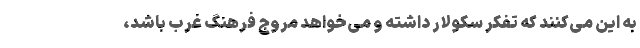
به این می‌کنند که تفکر سکولار داشته و می‌خواهد مروج فرهنگ غرب باشد،